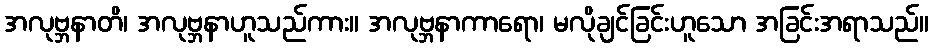
အလုဗ္ဘနာတိ၊ အလုဗ္ဘနာဟူသည်ကား။ အလုဗ္ဘနာကာရော၊ မလိုချင်ခြင်းဟူသော အခြင်းအရာသည်။